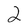
Character: 2